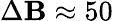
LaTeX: \Delta\mathbf{B}\approx50